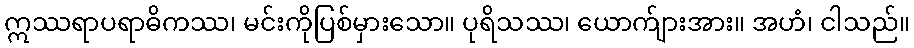
ဣဿရာပရာဓိကဿ၊ မင်းကိုပြစ်မှားသော။ ပုရိသဿ၊ ယောက်ျားအား။ အဟံ၊ ငါသည်။